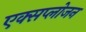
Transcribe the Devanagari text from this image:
एक्सप्लोजन